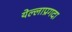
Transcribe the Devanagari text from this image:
येल्लाप्रगदा